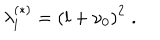
LaTeX: \lambda _ { l } ^ { ( \ast ) } = \left( l + \nu _ { 0 } \right) ^ { 2 } \; .